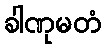
ခါဏုမတံ